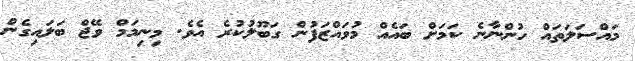
މައްސަލަތައް ހުންނާނެ ކަމަށް ބައެއް މުވައްޒަފުން ގަބޫލުކުރެ އެވެ. މިނިމަމް ވޭޖް ބަލައިގެން